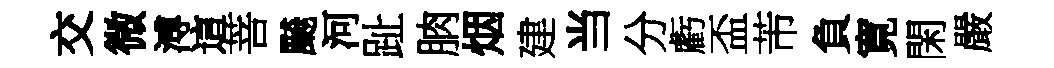
交微溥這菩飇河趾朒烟建当分虧盃芾負寛閑嚴